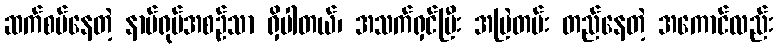
ဆက်စပ်နေတဲ့ နာမ်ရုပ်အစဉ်သာ ရှိပါတယ်၊ အသက်ရှင်ပြီး အမြဲတမ်း တည်နေတဲ့ အကောင်လည်း